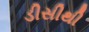
ડીસીથી